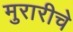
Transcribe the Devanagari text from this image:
मुरारीचे